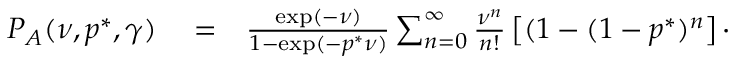
\begin{array} { r l r } { P _ { A } ( \nu , p ^ { * } , \gamma ) } & { { } = } & { \frac { \exp ( - \nu ) } { 1 - \exp ( - p ^ { * } \nu ) } \sum _ { n = 0 } ^ { \infty } \frac { \nu ^ { n } } { n ! } \left[ ( 1 - ( 1 - p ^ { * } ) ^ { n } \right] \cdot } \end{array}